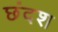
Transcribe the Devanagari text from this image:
छंदश